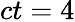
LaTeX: ct=4